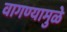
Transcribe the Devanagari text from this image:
वागण्यामुळे